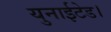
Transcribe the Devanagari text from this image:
युनाईटेड।